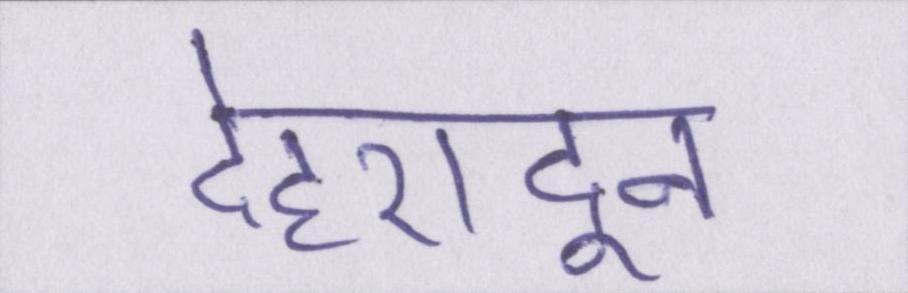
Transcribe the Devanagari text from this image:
देहरादून